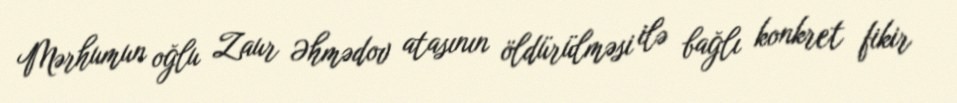
Mərhumun oğlu Zaur Əhmədov atasının öldürülməsi ilə bağlı konkret fikir